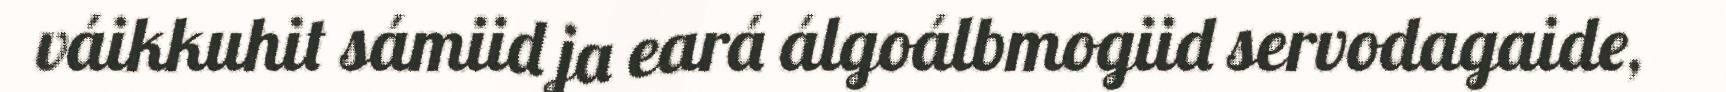
váikkuhit sámiid ja eará álgoálbmogiid servodagaide,